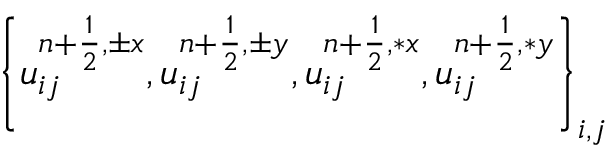
\left\{ u _ { i j } ^ { { n + \frac { 1 } { 2 } } , \pm x } , u _ { i j } ^ { { n + \frac { 1 } { 2 } } , \pm y } , u _ { i j } ^ { { n + \frac { 1 } { 2 } } , \ast x } , u _ { i j } ^ { { n + \frac { 1 } { 2 } } , \ast y } \right\} _ { i , j }